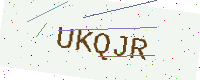
Text: UKQJR